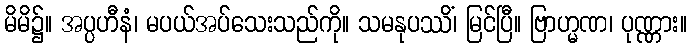
မိမိ၌။ အပ္ပဟီနံ၊ မပယ်အပ်သေးသည်ကို။ သမနုပဿိံ၊ မြင်ပြီ။ ဗြာဟ္မဏ၊ ပုဏ္ဏား။